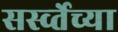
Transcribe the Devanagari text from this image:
सर्स्व्तेच्या